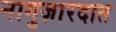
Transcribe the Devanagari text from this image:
नागुज़ारदात